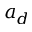
a _ { d }